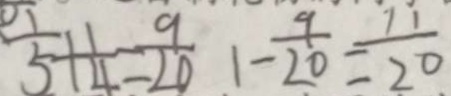
\frac { 1 } { 5 } + \frac { 1 } { 4 } = \frac { 9 } { 2 0 } 1 - \frac { 9 } { 2 0 } = \frac { 1 1 } { 2 0 }